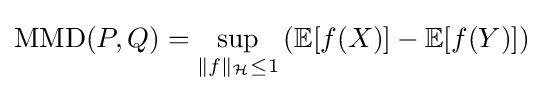
{\text{MMD}}(P,Q)=\sup _{\|f\|_{\mathcal {H}}\leq 1}\left(\mathbb {E} [f(X)]-\mathbb {E} [f(Y)]\right)